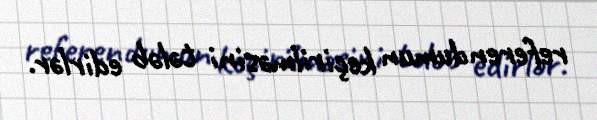
referendumun keçirilməsini tələb edirlər.